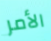
الأمر